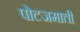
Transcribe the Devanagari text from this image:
पोटजमाती